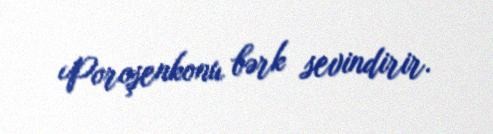
Poroşenkonu bərk sevindirir.